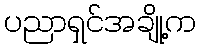
ပညာရှင်အချို့က